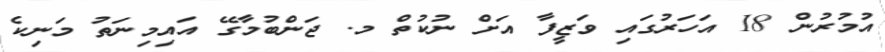
އުމުރުން 18 އަހަރުގައި ވަޒީފާ އަށް ނުކުތް މ. ޖަންބުމާގޭ އައިމިނަތު މަނިކެ